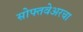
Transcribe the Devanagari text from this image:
सोफ्तवेअरचा